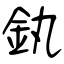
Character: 釻